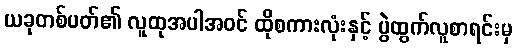
ယခုတစ်ပတ်၏ လူထုအပါအဝင် ထိုစကားလုံးနှင့် ပွဲထွက်လူစာရင်းမှ